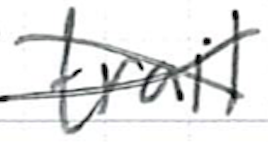
Text: trail
Cross-out: cross
Writing tool: ballpoint